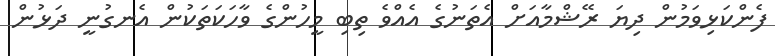
ފެންކަޅިވަމުން ދިޔަ ރޭޝްމާއަށް އެތަނުގެ އެއްވެ ތިބި މީހުންގެ ވާހަކަތަކުން އެނގުނީ ދަޅުން